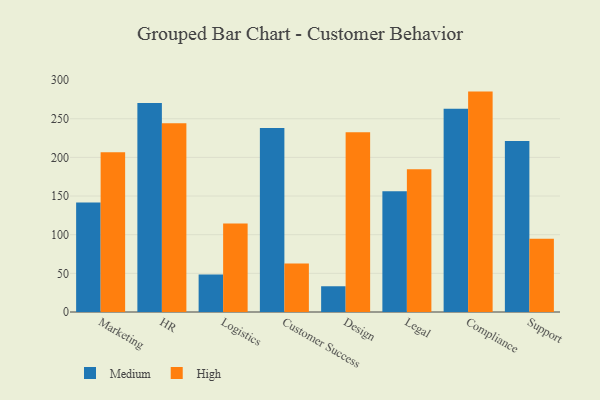
{"axis": {"x": "Department", "y": "Website Visitors"}, "legend": ["High", "Medium"], "data": [{"x": "Marketing", "y": 141.5, "type": "Medium"}, {"x": "Marketing", "y": 206.7, "type": "High"}, {"x": "HR", "y": 270.5, "type": "Medium"}, {"x": "HR", "y": 244.1, "type": "High"}, {"x": "Logistics", "y": 48.6, "type": "Medium"}, {"x": "Logistics", "y": 114.5, "type": "High"}, {"x": "Customer Success", "y": 237.9, "type": "Medium"}, {"x": "Customer Success", "y": 62.8, "type": "High"}, {"x": "Design", "y": 33.3, "type": "Medium"}, {"x": "Design", "y": 232.4, "type": "High"}, {"x": "Legal", "y": 156.1, "type": "Medium"}, {"x": "Legal", "y": 184.6, "type": "High"}, {"x": "Compliance", "y": 262.8, "type": "Medium"}, {"x": "Compliance", "y": 285.1, "type": "High"}, {"x": "Support", "y": 221.2, "type": "Medium"}, {"x": "Support", "y": 94.7, "type": "High"}]}